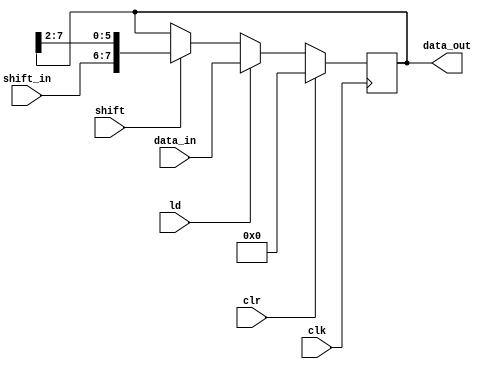
`timescale 1ns / 1ps
//////////////////////////////////////////////////////////////////////////////////
// Company: 
// Engineer: 
// 
// Design Name: 
// Module Name: ShiftRegister
// Project Name: 
// Target Devices: 
// Tool Versions: 
// Description: 
// 
// Dependencies: 
// 
// Revision:
// Revision 0.01 - File Created
// Additional Comments:
// 
//////////////////////////////////////////////////////////////////////////////////


module ShiftRegister(data_out,data_in,ld,clr,shift_in,shift,clk);

output reg [7:0] data_out;
input [7:0] data_in;
input [1:0] shift_in;
input ld,clr,shift,clk;  

always @(posedge clk) begin
    if(clr) data_out<=0;
    else if(ld) data_out<=data_in;
    else if(shift) data_out<={shift_in,data_out[7:2]};
end


endmodule